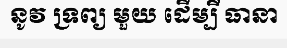
នូវ ទ្រព្យ មួយ ដើម្បី ធានា